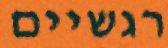
רגשיים